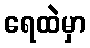
ရေထဲမှာ